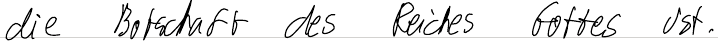
die Botschaft des Reiches Gottes ist.